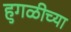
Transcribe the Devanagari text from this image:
हुगळीच्या